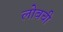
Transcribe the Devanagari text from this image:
लोबची